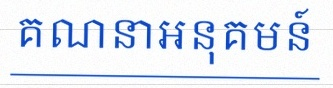
គណនាអនុគមន៍